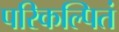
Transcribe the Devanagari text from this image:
परिकल्पितं